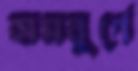
হামবুর্গে